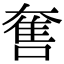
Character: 𡙬